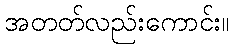
အတတ်လည်းကောင်း။